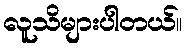
လူသိများပါတယ်။